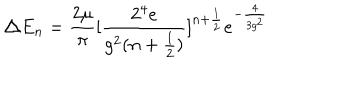
\triangle E _ { n } = \frac { 2 \mu } { \pi } [ \frac { 2 ^ { 4 } e } { g ^ { 2 } ( n + \frac { 1 } { 2 } ) } ] ^ { n + \frac { 1 } { 2 } } e ^ { - \frac { 4 } { 3 g ^ { 2 } } }